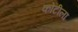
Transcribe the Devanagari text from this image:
कोटीला